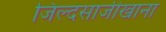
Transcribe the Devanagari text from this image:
जिल्दसाजीखाना